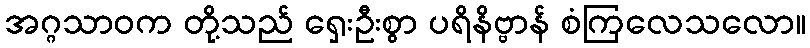
အဂ္ဂသာဝက တို့သည် ရှေးဦးစွာ ပရိနိဗ္ဗာန် စံကြလေသလော။